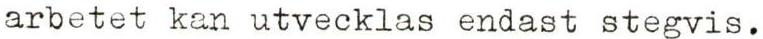
arbetet kan utvecklas endast stegvis.